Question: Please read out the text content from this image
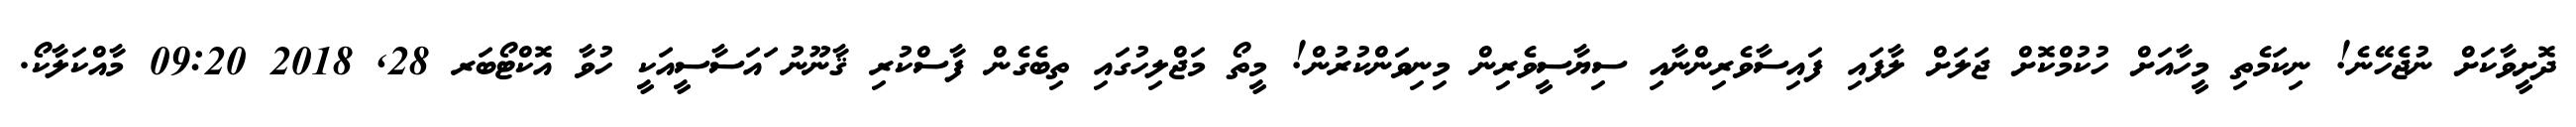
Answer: ދޮށީވާކަށް ނުޖެހޭނެ! ނިކަމެތި މީހާއަށް ހުކުމްކޮށް ޖަލަށް ލާފައި ފައިސާވެރިންނާއި ސިޔާސީވެރިން މިނިވަންކުރުން! މީތޯ މަޖްލިހުގައި ތިބެގެން ފާސްކުރި ޤާނޫނު ައަސާސީއަކީ ހުވާ އޮކްޓޯބަރ 28, 2018 09:20 މާއްކަލާކޯ.